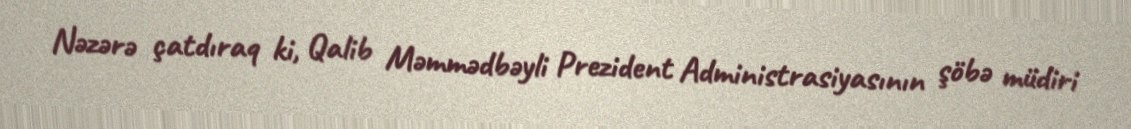
Nəzərə çatdıraq ki, Qalib Məmmədbəyli Prezident Administrasiyasının şöbə müdiri